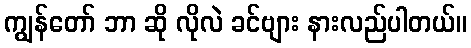
ကျွန်တော် ဘာ ဆို လိုလဲ ခင်ဗျား နားလည်ပါတယ်။